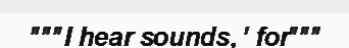
"""I hear sounds, ' for"""